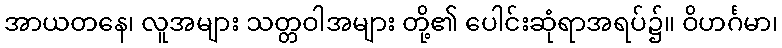
အာယတနေ၊ လူအများ သတ္တဝါအများ တို့၏ ပေါင်းဆုံရာအရပ်၌။ ဝိဟင်္ဂမာ၊